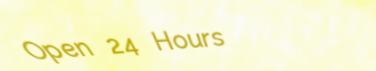
Open 24 Hours